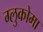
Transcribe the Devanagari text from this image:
ग्लुकोमा